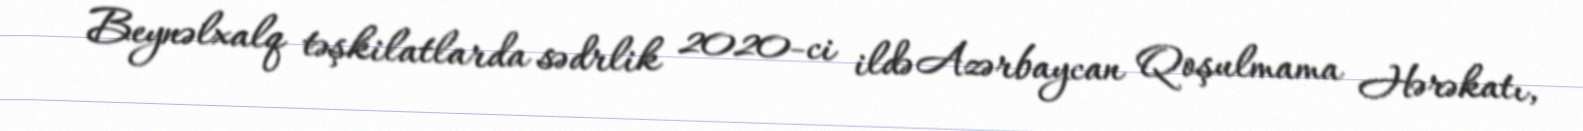
Beynəlxalq təşkilatlarda sədrlik 2020-ci ildə Azərbaycan Qoşulmama Hərəkatı,